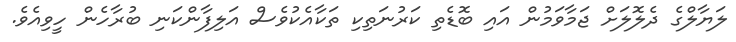
ލަޔާލްގެ ދެލޮލަށް ޖަމާވަމުން އައި ބޮޑެތި ކަރުނަތިކި ތަކާއެކުވެސް އަލިފާންކަނި ބުރާހެން ހީވިއެވެ.